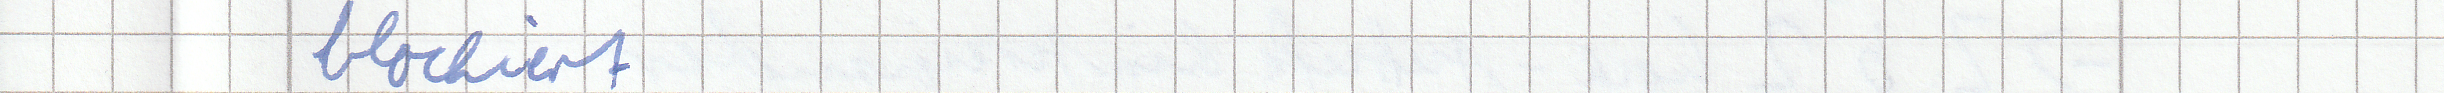
blockiert